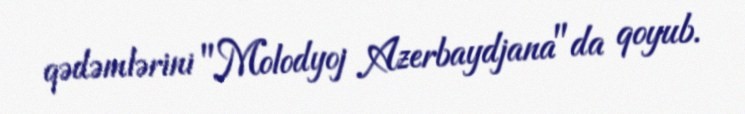
qədəmlərini "Molodyoj Azerbaydjana"da qoyub.